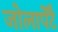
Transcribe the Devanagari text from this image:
जोलार्पेटै